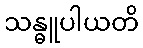
သန္ဓူပါယတိ